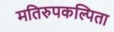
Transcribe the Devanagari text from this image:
मतिरुपकल्पिता